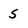
Character: 5